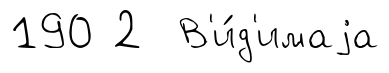
190 2 В'и́д'имаjа